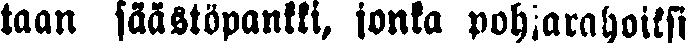
taan säästöpankki, jonka pohjarahoiksi